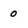
Character: 0